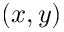
( x , y )